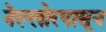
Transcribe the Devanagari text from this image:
नेल्लोरपासून